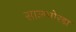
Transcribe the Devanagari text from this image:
सालभोरडा